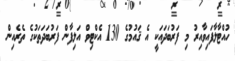
ހުއްޓާލާފައިވާއިރު މި ފަރުބަދައަކީ އެ ޤައުމުގެ 130 އެކްޓިވް އަލިފާން ފަރުބަދަތަކުގެ ތެރެއިން